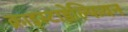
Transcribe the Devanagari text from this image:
क्राइस्टाडेल्फियन